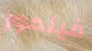
فيلمور